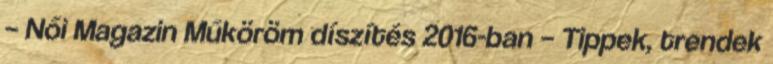
– Női Magazin Műköröm díszítés 2016-ban – Tippek, trendek